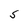
Character: S